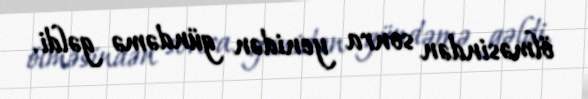
ölməsindən sonra yenidən gündəmə gəldi.